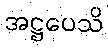
အဋ္ဌပေသိ